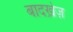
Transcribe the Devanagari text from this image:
बादख़ेज़